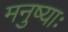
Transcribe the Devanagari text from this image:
मनुष्याः